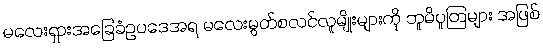
မလေးရှားအခြေခံဥပဒေအရ မလေးမွတ်စလင်လူမျိုးများကို ဘူမိပူတြများ အဖြစ်